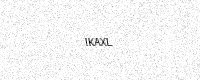
Text: IKAXL